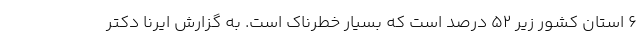
۶ استان کشور زیر ۵۲ درصد است که بسیار خطرناک است. به گزارش ایرنا دکتر